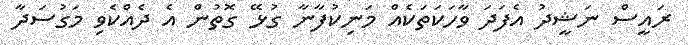
ރައީސް ނަޝީދު އެފަދަ ވާހަކަތަކެއް މަނިކުފާނާ ގުޅޭ ގޮތުން އެ ދެއްކެވި މަގުސަދާ